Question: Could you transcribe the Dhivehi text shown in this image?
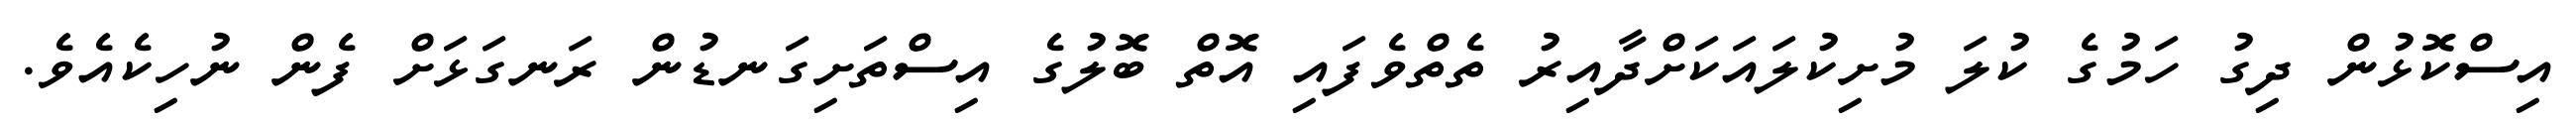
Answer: އިސްކޮޅުން ދިގު ހަމުގެ ކުލަ މުށިކުލައަކަށްދާއިރު ތެތްވެފައި އޮތް ބޮލުގެ އިސްތަށިގަނޑުން ރަނގަޅަށް ފެން ނުހިކެއެވެ.